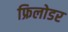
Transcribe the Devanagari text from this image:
फ्रिलोडर